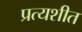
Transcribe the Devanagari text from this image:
प्रत्यशीत